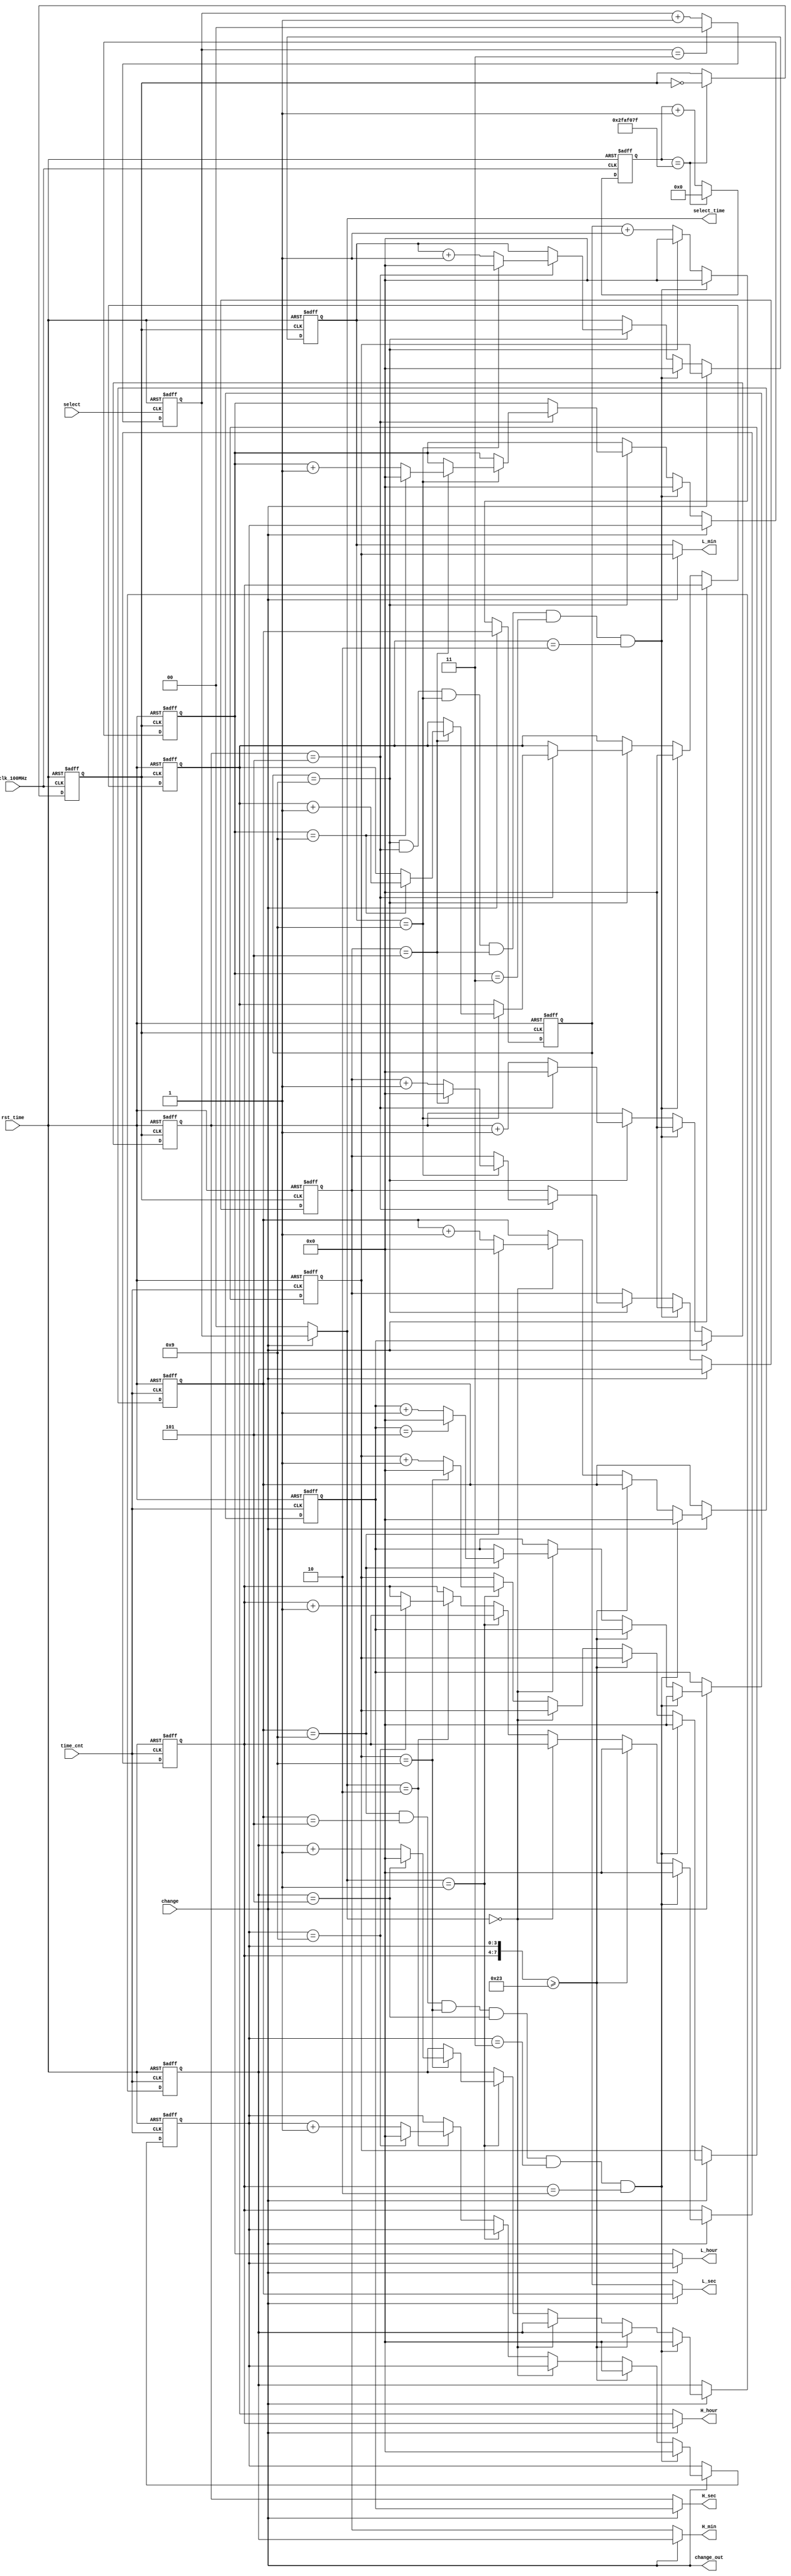
`timescale 1ns / 1ps
module Clock_display(
    input clk_100MHz,
    input rst_time,
    input select,           //          
    input time_cnt,         //1+1                
    input change,           //change1           
    output [3:0] L_sec,
    output [3:0] H_sec,
    output [3:0] L_min,
    output [3:0] H_min,
    output [3:0] L_hour,
    output [3:0] H_hour,
    output [1:0] select_time,      //
    output change_out
    );
    reg clk_1Hz = 1'b0;
    parameter time_N = 1_0000_0000;      //100MHz1000Hz
    reg [31:0] cnt;
    always @ (posedge clk_100MHz, negedge rst_time)
    begin
        if(!rst_time)
        begin
            cnt <= 0; 
            clk_1Hz <= 0;
        end
        else if(cnt == time_N/2 - 1)
        begin
            cnt <= 0;
            clk_1Hz <= ~clk_1Hz;
        end
        else
            cnt <= cnt + 1;
    end
    
    //
    reg [3:0] L_sec_auto;
    reg [3:0] H_sec_auto;
    reg [3:0] L_min_auto;
    reg [3:0] H_min_auto;
    reg [3:0] L_hour_auto;
    reg [3:0] H_hour_auto;
    reg [3:0] L_sec_hand;
    reg [3:0] H_sec_hand;
    reg [3:0] L_min_hand;
    reg [3:0] H_min_hand;
    reg [3:0] L_hour_hand;
    reg [3:0] H_hour_hand;
    
    always @ (posedge clk_1Hz, negedge rst_time)//
    begin
        if(!rst_time)
        begin
            L_sec_auto <= 4'b0000;
            H_sec_auto <= 4'b0000;
            L_min_auto <= 4'b0000;
            H_min_auto <= 4'b0000;
            L_hour_auto <= 4'b0000;
            H_hour_auto <= 4'b0000;
        end
        else if(change == 0)
        begin
            //
            if(L_sec_auto == 4'b1001 && H_sec_auto == 4'b0101 && L_min_auto == 4'b1001 && H_min_auto == 4'b0101 && L_hour_auto == 4'b0011 && H_hour_auto == 4'b0010)
            begin
                L_sec_auto <= 4'b0000;
                H_sec_auto <= 4'b0000;
                L_min_auto <= 4'b0000;
                H_min_auto <= 4'b0000;
                L_hour_auto <= 4'b0000;
                H_hour_auto <= 4'b0000;
            end
            else
            begin
                if(L_sec_auto == 9)
                begin
                    L_sec_auto <= 0;
                    if(H_sec_auto == 5)
                    begin
                        H_sec_auto <= 0;
                        if(L_min_auto == 9)
                        begin
                            L_min_auto <= 0;
                            if(H_min_auto == 5)
                            begin
                                H_min_auto <= 0;
                                if(L_hour_auto == 9)        //0910
                                begin
                                    L_hour_auto <= 0;
                                    H_hour_auto <= H_hour_auto + 1;
                                end
                                else
                                    L_hour_auto <= L_hour_auto + 1;
                                end
                            else
                                H_min_auto <= H_min_auto + 1;
                            end
                        else
                            L_min_auto <= L_min_auto + 1;    
                        end
                    else
                        H_sec_auto <= H_sec_auto + 1;    
                    end
                else
                    L_sec_auto <= L_sec_auto + 1;
                end
            end
        else if(change == 1)        //
        begin
            L_sec_auto <= L_sec_hand;
            H_sec_auto <= H_sec_hand;
            L_min_auto <= L_min_hand;
            H_min_auto <= H_min_hand;
            L_hour_auto <= L_hour_hand;
            H_hour_auto <= H_hour_hand;
        end
    end
    
    //
    reg [1:0] select_time_reg;  //012
    always @ (posedge select, negedge rst_time)
    begin
        if(!rst_time)
            select_time_reg = 0;
        else if(select_time_reg == 2'b11)
            select_time_reg = 0;
        else
            select_time_reg = select_time_reg + 1;
    end
    assign change_out = change;
    assign select_time = change ? select_time_reg : 0; //0

    always @ (posedge time_cnt, negedge rst_time)
    begin
        if(!rst_time)
        begin
            L_sec_hand<= 4'b0000;
            H_sec_hand<= 4'b0000;
            L_min_hand<= 4'b0000;
            H_min_hand<= 4'b0000;
            L_hour_hand <= 4'b0000;
            H_hour_hand <= 4'b0000;
        end
        else if(change == 1)
        begin
            //
            if(L_sec_hand == 4'b1001 && L_sec_hand == 4'b0101 && L_min_hand == 4'b1001 && H_min_hand == 4'b0101 && L_hour_hand == 4'b0011 && H_hour_hand == 4'b0010)
            begin
                L_sec_hand <= 4'b0000;
                H_sec_hand <= 4'b0000;
                L_min_hand <= 4'b0000;
                H_min_hand <= 4'b0000;
                L_hour_hand <= 4'b0000;
                H_hour_hand <= 4'b0000;
            end
            else if({H_hour_hand,L_hour_hand} >= 35)  //240010_010036
                {H_hour_hand,L_hour_hand} <= 0;
            else
            begin
                if(select_time == 2'b00)        //
                begin
                    if(L_sec_hand == 9)
                    begin
                        L_sec_hand = 0;
                        if(H_sec_hand == 5)
                            H_sec_hand = 0;
                        else
                            H_sec_hand = H_sec_hand + 1;
                    end
                    else
                        L_sec_hand = L_sec_hand + 1;
                end
                else if(select_time == 2'b01)   //
                begin
                    if(L_min_hand == 9)
                    begin
                        L_min_hand = 0;
                        if(H_min_hand == 5)
                            H_min_hand = 0;
                        else
                            H_min_hand = H_min_hand + 1;
                    end
                    else
                        L_min_hand = L_min_hand + 1;
                end
                else if(select_time == 2'b10)
                begin
                    if(L_hour_hand == 9)
                    begin
                        L_hour_hand = 0;
                        H_hour_hand = H_hour_hand + 1;
                    end
                    else
                        L_hour_hand = L_hour_hand + 1;
                end
            end
        end
    end
    
    //1sassign
    assign L_sec = change ? L_sec_hand : L_sec_auto;
    assign H_sec = change ? H_sec_hand : H_sec_auto;
    assign L_min = change ? L_min_hand : L_min_auto;
    assign H_min = change ? H_min_hand : H_min_auto;
    assign L_hour = change ? L_hour_hand : L_hour_auto;
    assign H_hour = change ? H_hour_hand : H_hour_auto;
endmodule